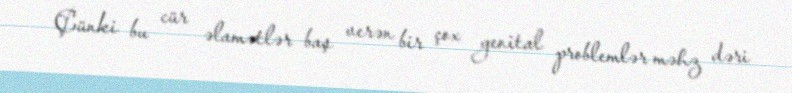
Çünki bu cür əlamətlər baş verən bir çox genital problemlər məhz dəri